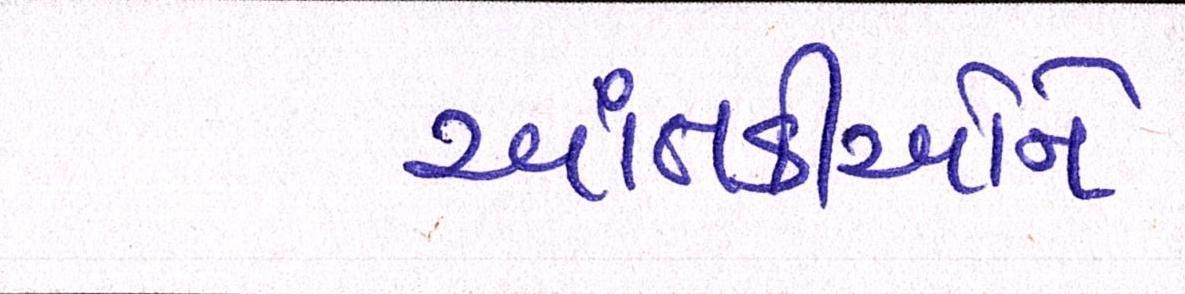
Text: આતંકીઓને